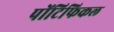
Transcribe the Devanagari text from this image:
पोंटिफिकल